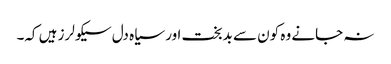
نہ جانے وہ کون سے بدبخت اور سیاہ دل سیکولرز ہیں کہ۔